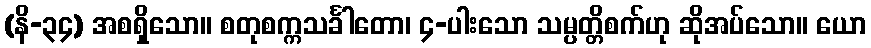
(နိ-၃၄) အစရှိသော။ စတုစက္ကသင်္ခါတော၊ ၄-ပါးသော သမ္ပတ္တိစက်ဟု ဆိုအပ်သော။ ယော